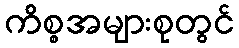
ကိစ္စအများစုတွင်